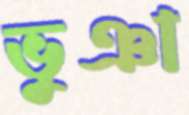
ভুঞা